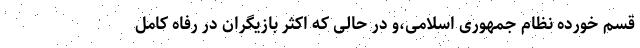
قسم خورده نظام جمهوری اسلامی،و در حالی که اکثر بازیگران در رفاه کامل